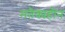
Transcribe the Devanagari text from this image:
मतैक्यहीन